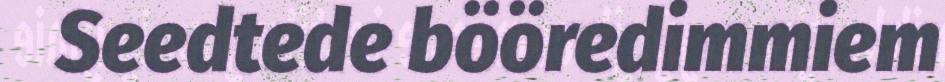
Seedtede bööredimmiem